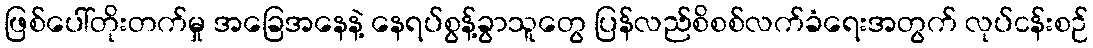
ဖြစ်ပေါ်တိုးတက်မှု အခြေအနေနဲ့ နေရပ်စွန့်ခွာသူတွေ ပြန်လည်စိစစ်လက်ခံရေးအတွက် လုပ်ငန်းစဉ်